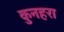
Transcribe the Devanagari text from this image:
कुनहरा